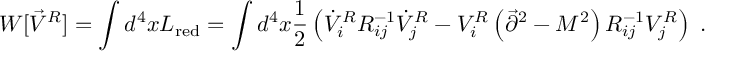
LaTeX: W [ \vec { V } ^ { R } ] = \int d ^ { 4 } x { \cal L } _ { \mathrm { r e d } } = \int d ^ { 4 } x { \frac { 1 } { 2 } } \left( \dot { V } _ { i } ^ { R } R _ { i j } ^ { - 1 } \dot { V } _ { j } ^ { R } - V _ { i } ^ { R } \left( \vec { \partial } ^ { 2 } - M ^ { 2 } \right) R _ { i j } ^ { - 1 } V _ { j } ^ { R } \right) ~ .